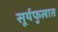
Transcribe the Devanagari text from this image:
सूर्यफुलात